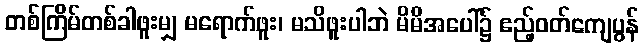
တစ်ကြိမ်တစ်ခါဖူးမျှ မရောက်ဖူး၊ မသိဖူးပါဘဲ မိမိအပေါ်၌ ဧည့်ဝတ်ကျေပွန်